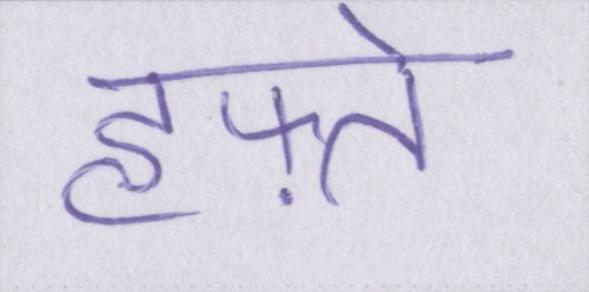
हफ़्ते